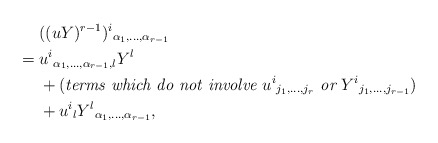
\begin{align*}&\hphantom{{}={}}((uY)^{r-1})^i{}_{\alpha_1,\ldots,\alpha_{r-1}}\\*&=u^i{}_{\alpha_1,\ldots,\alpha_{r-1},l}Y^l\\*&\hphantom{{}={}}+(\textit{terms which do not involve $u^i{}_{j_1,\ldots,j_r}$ or $Y^i{}_{j_1,\ldots,j_{r-1}}$})\\*&\hphantom{{}={}}+u^i{}_lY^l{}_{\alpha_1,\ldots,\alpha_{r-1}},\end{align*}